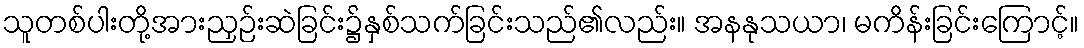
သူတစ်ပါးတို့အားညှဉ်းဆဲခြင်း၌နှစ်သက်ခြင်းသည်၏လည်း။ အနနုသယာ၊ မကိန်းခြင်းကြောင့်။